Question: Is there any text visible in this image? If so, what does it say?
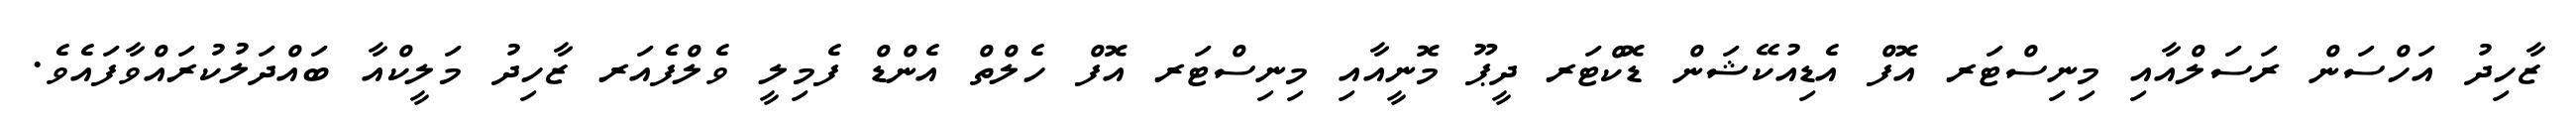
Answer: ޒާހިދު އަހްސަން ރަސަލްއާއި މިނިސްޓަރ އޮފް އެޑިއުކޭޝަން ޑޮކްޓަރ ދީޕޫ މޮނީއާއި މިނިސްޓަރ އޮފް ހެލްތް އެންޑް ފެމިލީ ވެލްފެއަރ ޒާހިދު މަލީކްއާ ބައްދަލުކުރައްވާފައެވެ.